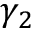
\gamma _ { 2 }